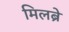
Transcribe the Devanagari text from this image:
मिलब्रे